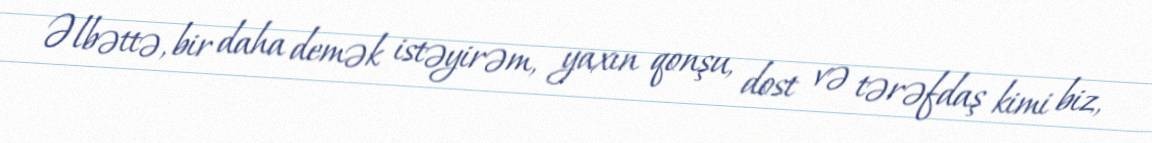
Əlbəttə, bir daha demək istəyirəm, yaxın qonşu, dost və tərəfdaş kimi biz,